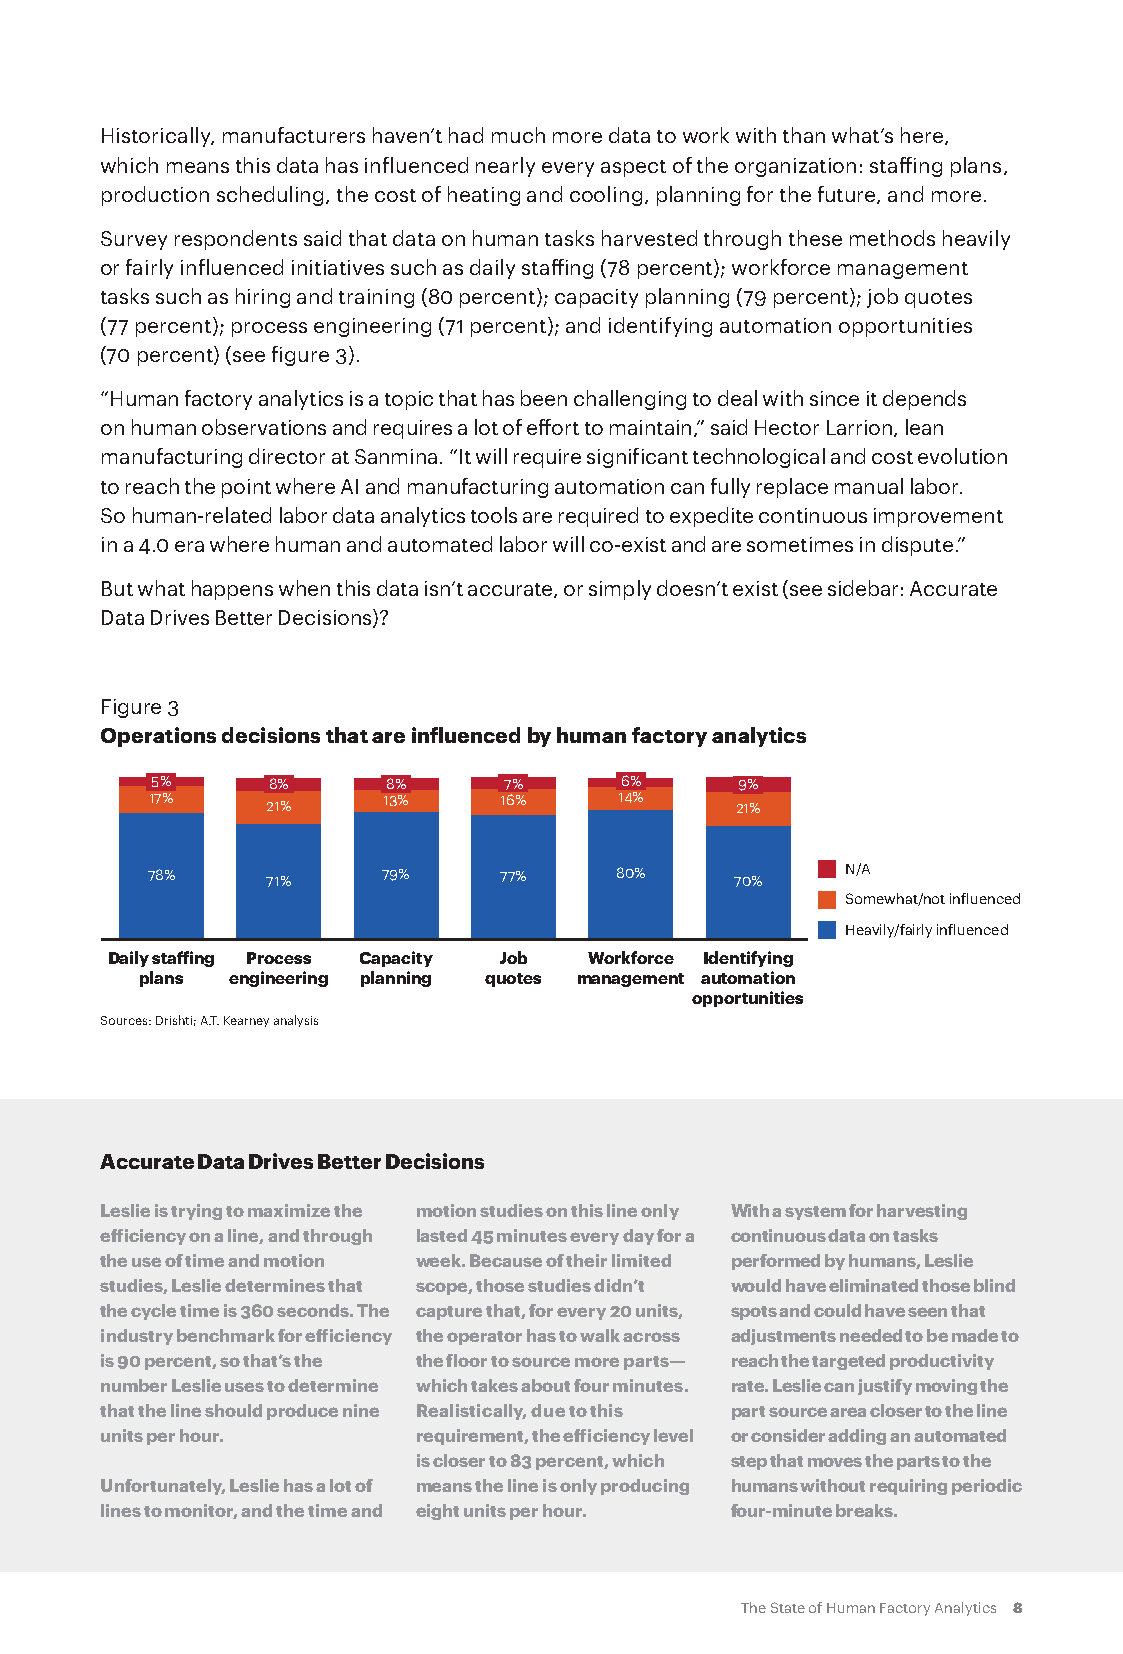
Historically, manufacturers haven’t had much more data to work with than what’s here,
 which means this data has influenced nearly every aspect of the organization: staffing plans,
 production scheduling, the cost of heating and cooling, planning for the future, and more.
 Survey respondents said that data on human tasks harvested through these methods heavily
 or fairly influenced initiatives such as daily staffing (78 percent); workforce management
 tasks such as hiring and training (80 percent); capacity planning (79 percent); job quotes
 (77 percent); process engineering (71 percent); and identifying automation opportunities
 (70 percent) (see figure 3).
 “Human factory analytics is a topic that has been challenging to deal with since it depends
 on human observations and requires a lot of effort to maintain,” said Hector Larrion, lean
 manufacturing director at Sanmina. “It will require significant technological and cost evolution
 to reach the point where AI and manufacturing automation can fully replace manual labor.
 So human-related labor data analytics tools are required to expedite continuous improvement
 in a 4.0 era where human and automated labor will co-exist and are sometimes in dispute.”
 But what happens when this data isn’t accurate, or simply doesn’t exist (see sidebar: Accurate
 Data Drives Better Decisions)?
 Figure 3
 Operations decisions that are influenced by human factory analytics
 5%      8%      8%     7%      6%      9%
 17%     21%    13%     16%     14%     21%
 78%     71%    79%     77%     80%     70%    N/A
 Somewhat/not influenced
 Heavily/fairly influenced
 Daily staffing Process Capacity Job Workforce Identifying
 plans engineering planning quotes management automation
 opportunities
 Sources: Drishti; A.T. Kearney analysis
 Accurate Data Drives Better Decisions
 Leslie is trying to maximize the motion studies on this line only With a system for harvesting
 efficiency on a line, and through lasted 45 minutes every day for a continuous data on tasks
 the use of time and motion week. Because of their limited performed by humans, Leslie
 studies, Leslie determines that scope, those studies didn’t would have eliminated those blind
 the cycle time is 360 seconds. The capture that, for every 20 units, spots and could have seen that
 industry benchmark for efficiency the operator has to walk across adjustments needed to be made to
 is 90 percent, so that’s the the floor to source more parts— reach the targeted productivity
 number Leslie uses to determine which takes about four minutes. rate. Leslie can justify moving the
 that the line should produce nine Realistically, due to this part source area closer to the line
 units per hour.     requirement, the efficiency level or consider adding an automated
 is closer to 83 percent, which step that moves the parts to the
 Unfortunately, Leslie has a lot of means the line is only producing humans without requiring periodic
 lines to monitor, and the time and eight units per hour. four-minute breaks.
 The State of Human Factory Analytics 8